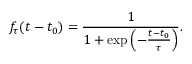
f _ { \tau } ( t - t _ { 0 } ) = \frac { 1 } { 1 + \exp \left( - \frac { t - t _ { 0 } } { \tau } \right) } .